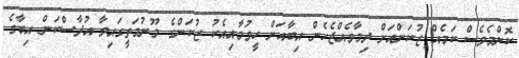
ކޮންމެވެސް ކަމެއް ޒުކަންއަށް ދިމާވެއްޖެހެން އިބާއަށް ހީވުމާއިއެކު ޒުކަންގެ މޫނުމަތީގައިވާ އުދާސްކަން އިބާގެ